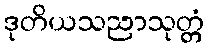
ဒုတိယသညာသုတ္တံ